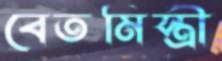
বেতমিস্ত্রী